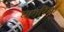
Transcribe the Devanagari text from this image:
घागरिया